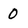
Character: 0